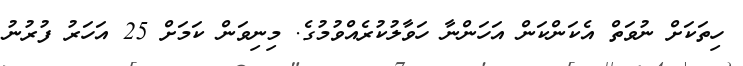
ހިތަކަށް ނުވަތް އެކަންކަން އަހަންނާ ހަވާލުކުރެއްވުމުގެ. މިނިވަން ކަމަށް 25 އަހަރު ފުރުނު